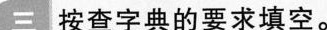
三 按查字典的要求填空。